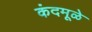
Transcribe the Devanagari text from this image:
कंदमूळे